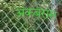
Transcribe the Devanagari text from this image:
अकबरास